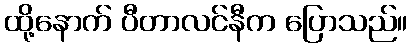
ထို့နောက် ပီတာလင်နီက ပြောသည်။